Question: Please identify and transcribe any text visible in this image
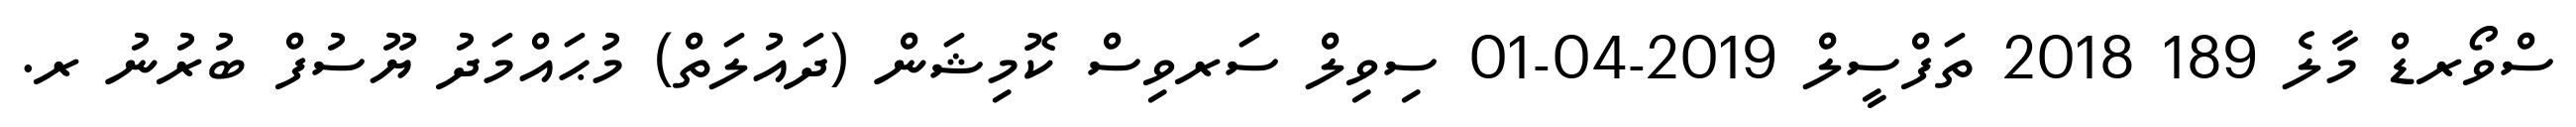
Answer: ސްވޯރޑް މާލެ 189 2018 ތަފްސީލް 2019-04-01 ސިވިލް ސަރވިސް ކޮމިޝަން (ދައުލަތް) މުޙައްމަދު ޔޫސުފް ބުރުނު ރ.